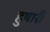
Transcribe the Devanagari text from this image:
हुषारी